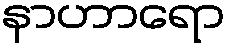
နာဟာရော